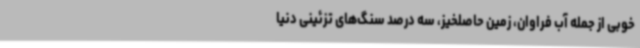
خوبی از جمله آب فراوان، زمین حاصلخیز، سه درصد سنگ‌های تزئینی دنیا